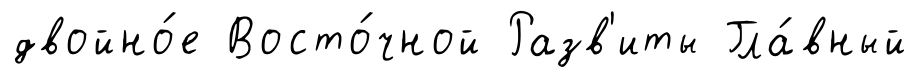
двойно́е Восто́чной Разв'иты Гла́вный